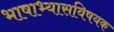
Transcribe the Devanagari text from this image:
भाषाभ्यासविषयक